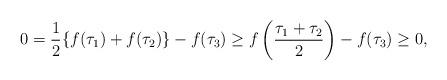
LaTeX: \begin{align*}0&=\frac{1}{2}\{f(\tau_1)+f(\tau_2)\}-f(\tau_3)\geq f\left(\frac{\tau_1+\tau_2}{2}\right)-f(\tau_3)\geq 0,\end{align*}